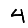
Digit: 4